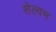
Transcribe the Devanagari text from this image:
सेल्वम